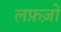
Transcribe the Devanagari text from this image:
लफ़ज़ों